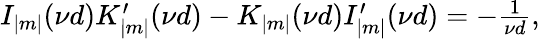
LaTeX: \begin{array}{r}{I_{|m|}(\nu d)K_{|m|}^{\prime}(\nu d)-K_{|m|}(\nu d)I_{|m|}^{\prime}(\nu d)=-\frac{1}{\nu d},}\end{array}